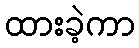
ထားခဲ့ကာ